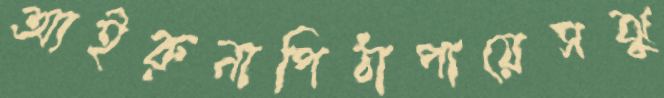
আইরুনাপিঠাপায়েসঝু